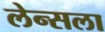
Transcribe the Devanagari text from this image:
लेन्सला